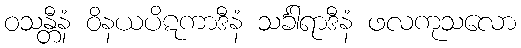
ဝသန္တီနံ ဝိနယပိဋကာဒီနံ သင်္ခါရာဒီနံ ဖလကုသလော